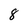
Character: 8